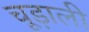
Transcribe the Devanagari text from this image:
चूड़ाली